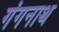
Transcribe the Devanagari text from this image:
गंगनाथ